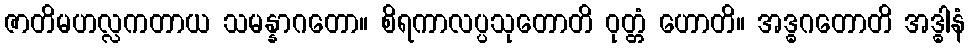
ဇာတိမဟလ္လကတာယ သမန္နာဂတော။ စိရကာလပ္ပသုတောတိ ဝုတ္တံ ဟောတိ။ အဒ္ဓဂတောတိ အဒ္ဓါနံ